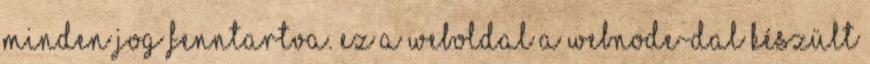
Minden jog fenntartva. Ez a weboldal a Webnode-dal készült